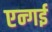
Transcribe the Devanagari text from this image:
एन्गई